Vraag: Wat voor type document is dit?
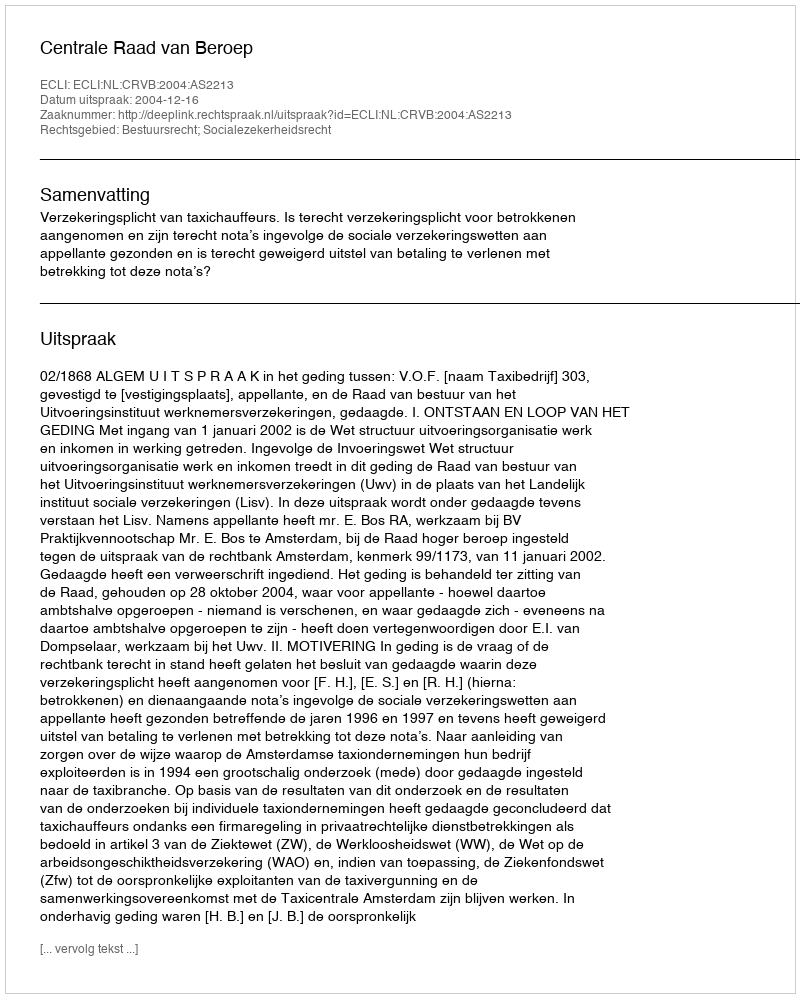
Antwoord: Uitspraak